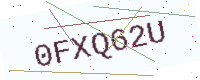
Text: 0FXQ62U